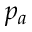
p _ { a }